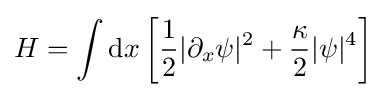
H=\int \mathrm {d} x\left[{1 \over 2}|\partial _{x}\psi |^{2}+{\kappa  \over 2}|\psi |^{4}\right]